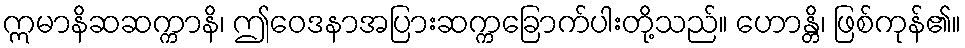
ဣမာနိဆဆက္ကာနိ၊ ဤဝေဒနာအပြားဆက္ကခြောက်ပါးတို့သည်။ ဟောန္တိ၊ ဖြစ်ကုန်၏။